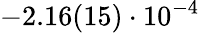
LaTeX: -2.16(15)\cdot 10^{-4}